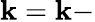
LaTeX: \mathbf{k}=\mathbf{k}-